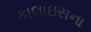
કાલાઇસના